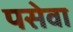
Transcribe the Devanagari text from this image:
पसेवा